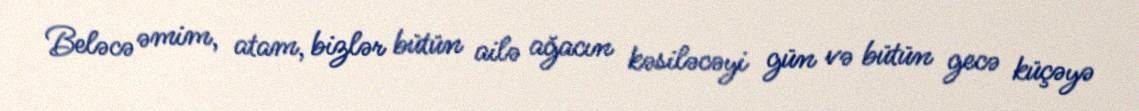
Beləcə əmim, atam, bizlər bütün ailə ağacın kəsiləcəyi gün və bütün gecə küçəyə